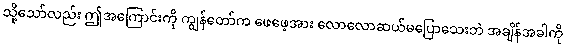
သို့သော်လည်း ဤအကြောင်းကို ကျွန်တော်က ဖေဖေ့အား လောလောဆယ်မပြောသေးဘဲ အချိန်အခါကို